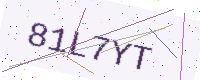
Text: 81L7YT